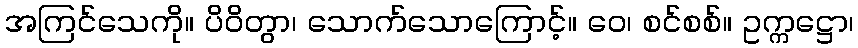
အကြင်သေကို။ ပိဝိတွာ၊ သောက်သောကြောင့်။ ဝေ၊ စင်စစ်။ ဥက္ကဋ္ဌော၊